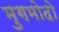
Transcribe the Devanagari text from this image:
मुगमोदो